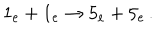
LaTeX: 1 _ { \mathrm { e } } + 1 _ { \mathrm { e } } \rightarrow 5 _ { \mathrm { e } } + 5 _ { \mathrm { e } } \, .